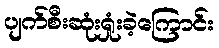
ပျက်စီးဆုံးရှုံးခဲ့ကြောင်း